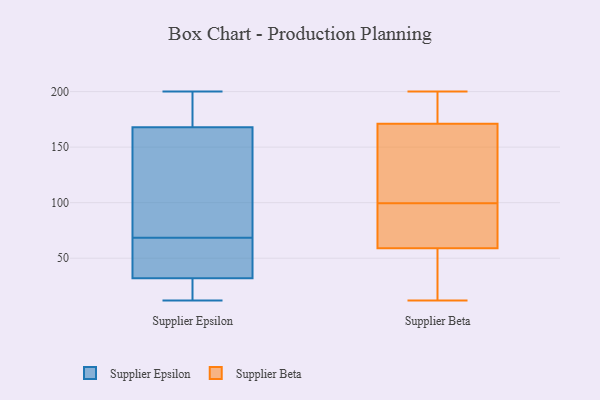
{"axis": {"x": "Churn Rate (%)", "y": "Value"}, "legend": ["Supplier Beta", "Supplier Epsilon"], "data": [{"x": "", "y": 90, "type": "Supplier Epsilon"}, {"x": "", "y": 47, "type": "Supplier Epsilon"}, {"x": "", "y": 179, "type": "Supplier Epsilon"}, {"x": "", "y": 32, "type": "Supplier Epsilon"}, {"x": "", "y": 122, "type": "Supplier Epsilon"}, {"x": "", "y": 12, "type": "Supplier Epsilon"}, {"x": "", "y": 37, "type": "Supplier Epsilon"}, {"x": "", "y": 19, "type": "Supplier Epsilon"}, {"x": "", "y": 168, "type": "Supplier Epsilon"}, {"x": "", "y": 200, "type": "Supplier Epsilon"}, {"x": "", "y": 24, "type": "Supplier Epsilon"}, {"x": "", "y": 162, "type": "Supplier Epsilon"}, {"x": "", "y": 199, "type": "Supplier Epsilon"}, {"x": "", "y": 34, "type": "Supplier Epsilon"}, {"x": "", "y": 155, "type": "Supplier Beta"}, {"x": "", "y": 97, "type": "Supplier Beta"}, {"x": "", "y": 62, "type": "Supplier Beta"}, {"x": "", "y": 66, "type": "Supplier Beta"}, {"x": "", "y": 102, "type": "Supplier Beta"}, {"x": "", "y": 144, "type": "Supplier Beta"}, {"x": "", "y": 171, "type": "Supplier Beta"}, {"x": "", "y": 200, "type": "Supplier Beta"}, {"x": "", "y": 56, "type": "Supplier Beta"}, {"x": "", "y": 48, "type": "Supplier Beta"}, {"x": "", "y": 174, "type": "Supplier Beta"}, {"x": "", "y": 12, "type": "Supplier Beta"}, {"x": "", "y": 174, "type": "Supplier Beta"}, {"x": "", "y": 59, "type": "Supplier Beta"}]}